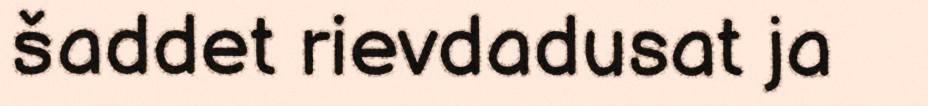
šaddet rievdadusat ja